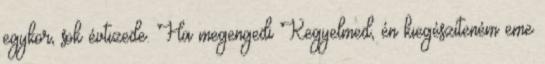
egykor, sok évtizede. Ha megengedi Kegyelmed, én kiegészíteném eme